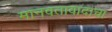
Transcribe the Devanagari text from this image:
मानवतावादाचा